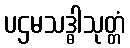
ပဌမသဒ္ဓါသုတ္တံ